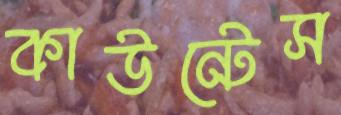
কাউন্টেস